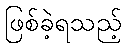
ဖြစ်ခဲ့ရသည့်